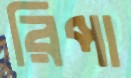
রিপা